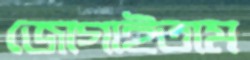
জোগাইতাম